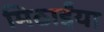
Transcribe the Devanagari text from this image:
मिठाईंया